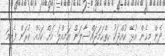
ދެން މިހެން އުޅޭ ކުއްޖަކު ހިތްހަމަޖައްސާލަން އަމިއްލަ އަށް ކަމެއް ކުރަން ފެށީމަ